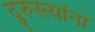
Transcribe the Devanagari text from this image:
दुरुस्त्यांना